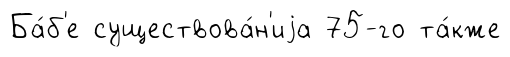
Ба́б'е существова́н'иjа 75-го та́кже